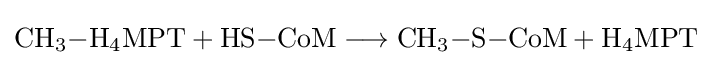
{\mathrm {CH} {\vphantom {A}}_{\smash[{t}]{3}}{-}\mathrm {H} {\vphantom {A}}_{\smash[{t}]{4}}\mathrm {MPT} {}+{}\mathrm {HS} {-}\mathrm {CoM} {}\mathrel {\longrightarrow } {}\mathrm {CH} {\vphantom {A}}_{\smash[{t}]{3}}{-}\mathrm {S} {-}\mathrm {CoM} {}+{}\mathrm {H} {\vphantom {A}}_{\smash[{t}]{4}}\mathrm {MPT} }